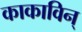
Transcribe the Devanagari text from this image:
काकाविन्